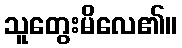
သူတွေးမိလေ၏။